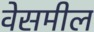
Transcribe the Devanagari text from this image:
वेसमील